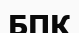
БПК